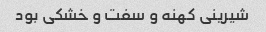
شیرینی کهنه و سفت و خشکی بود